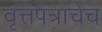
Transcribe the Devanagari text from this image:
वृत्तपत्राचेच